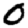
Digit: 0